Bréfritari: Sigríður Pálsdóttir
Viðtakandi: Páll Pálsson
Dagsetning: A-1870-05-22
Skrifað á: Breiðabólsstað  Rang.
Páll var bróðir Sigríðar

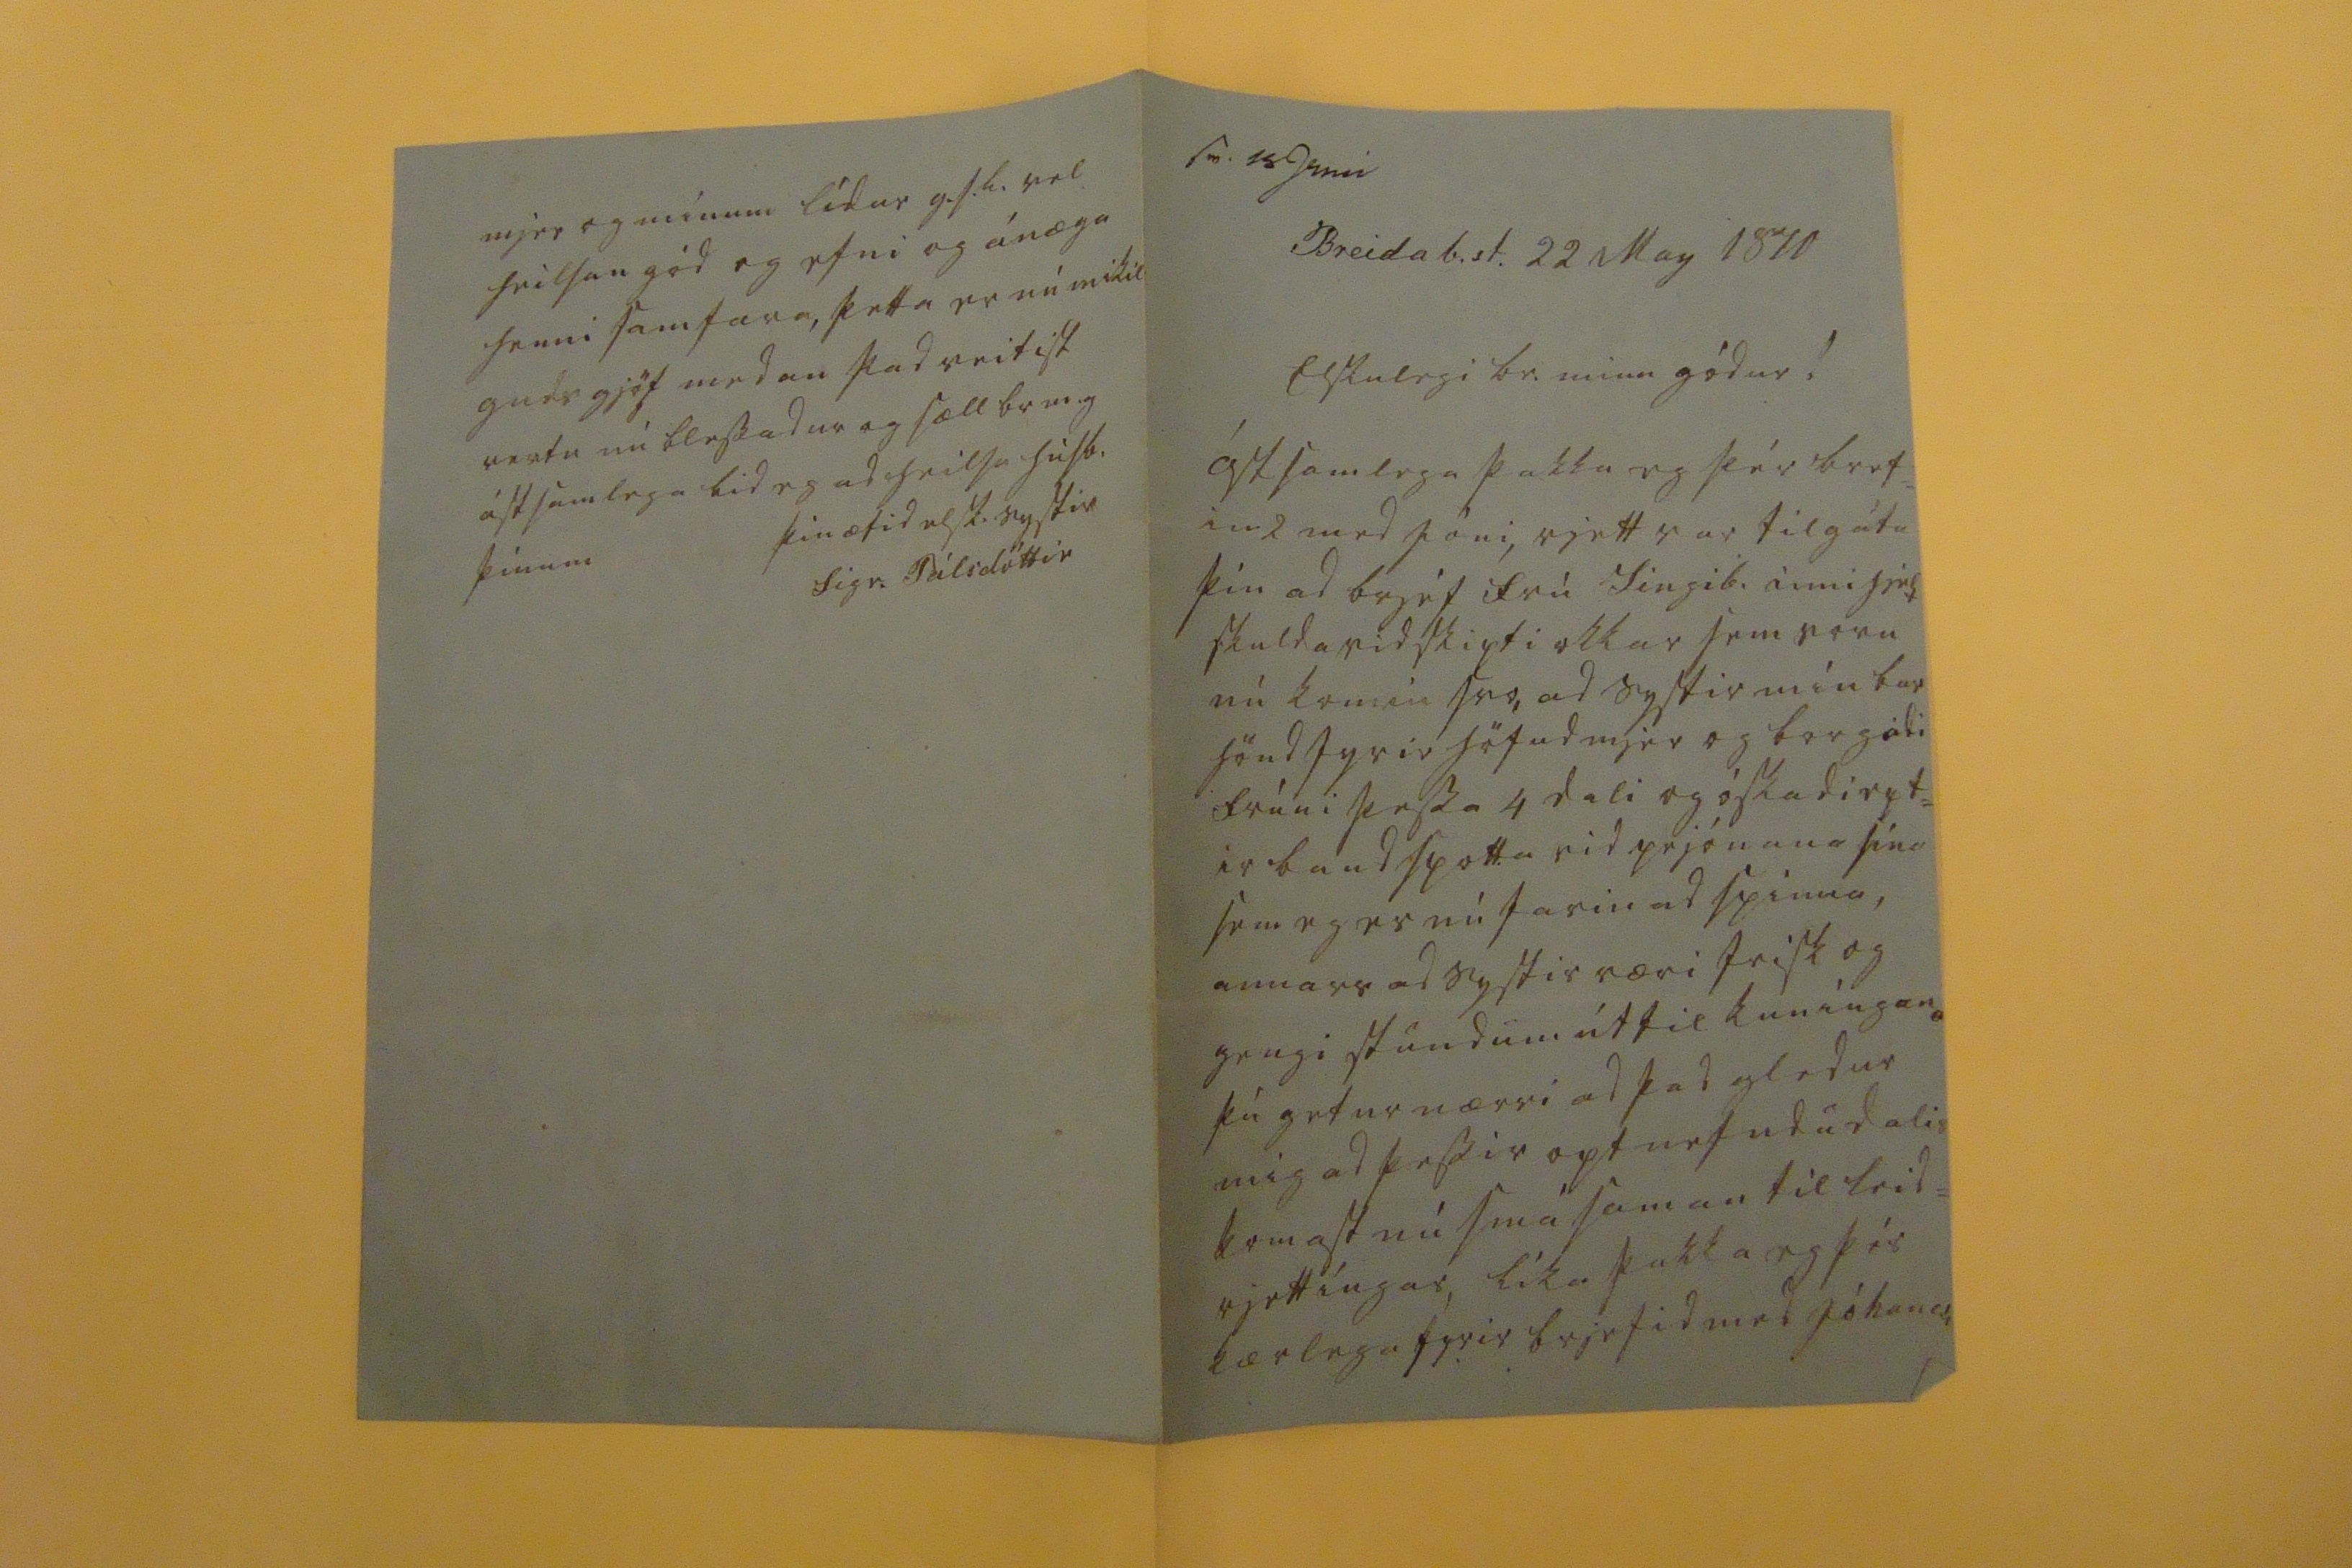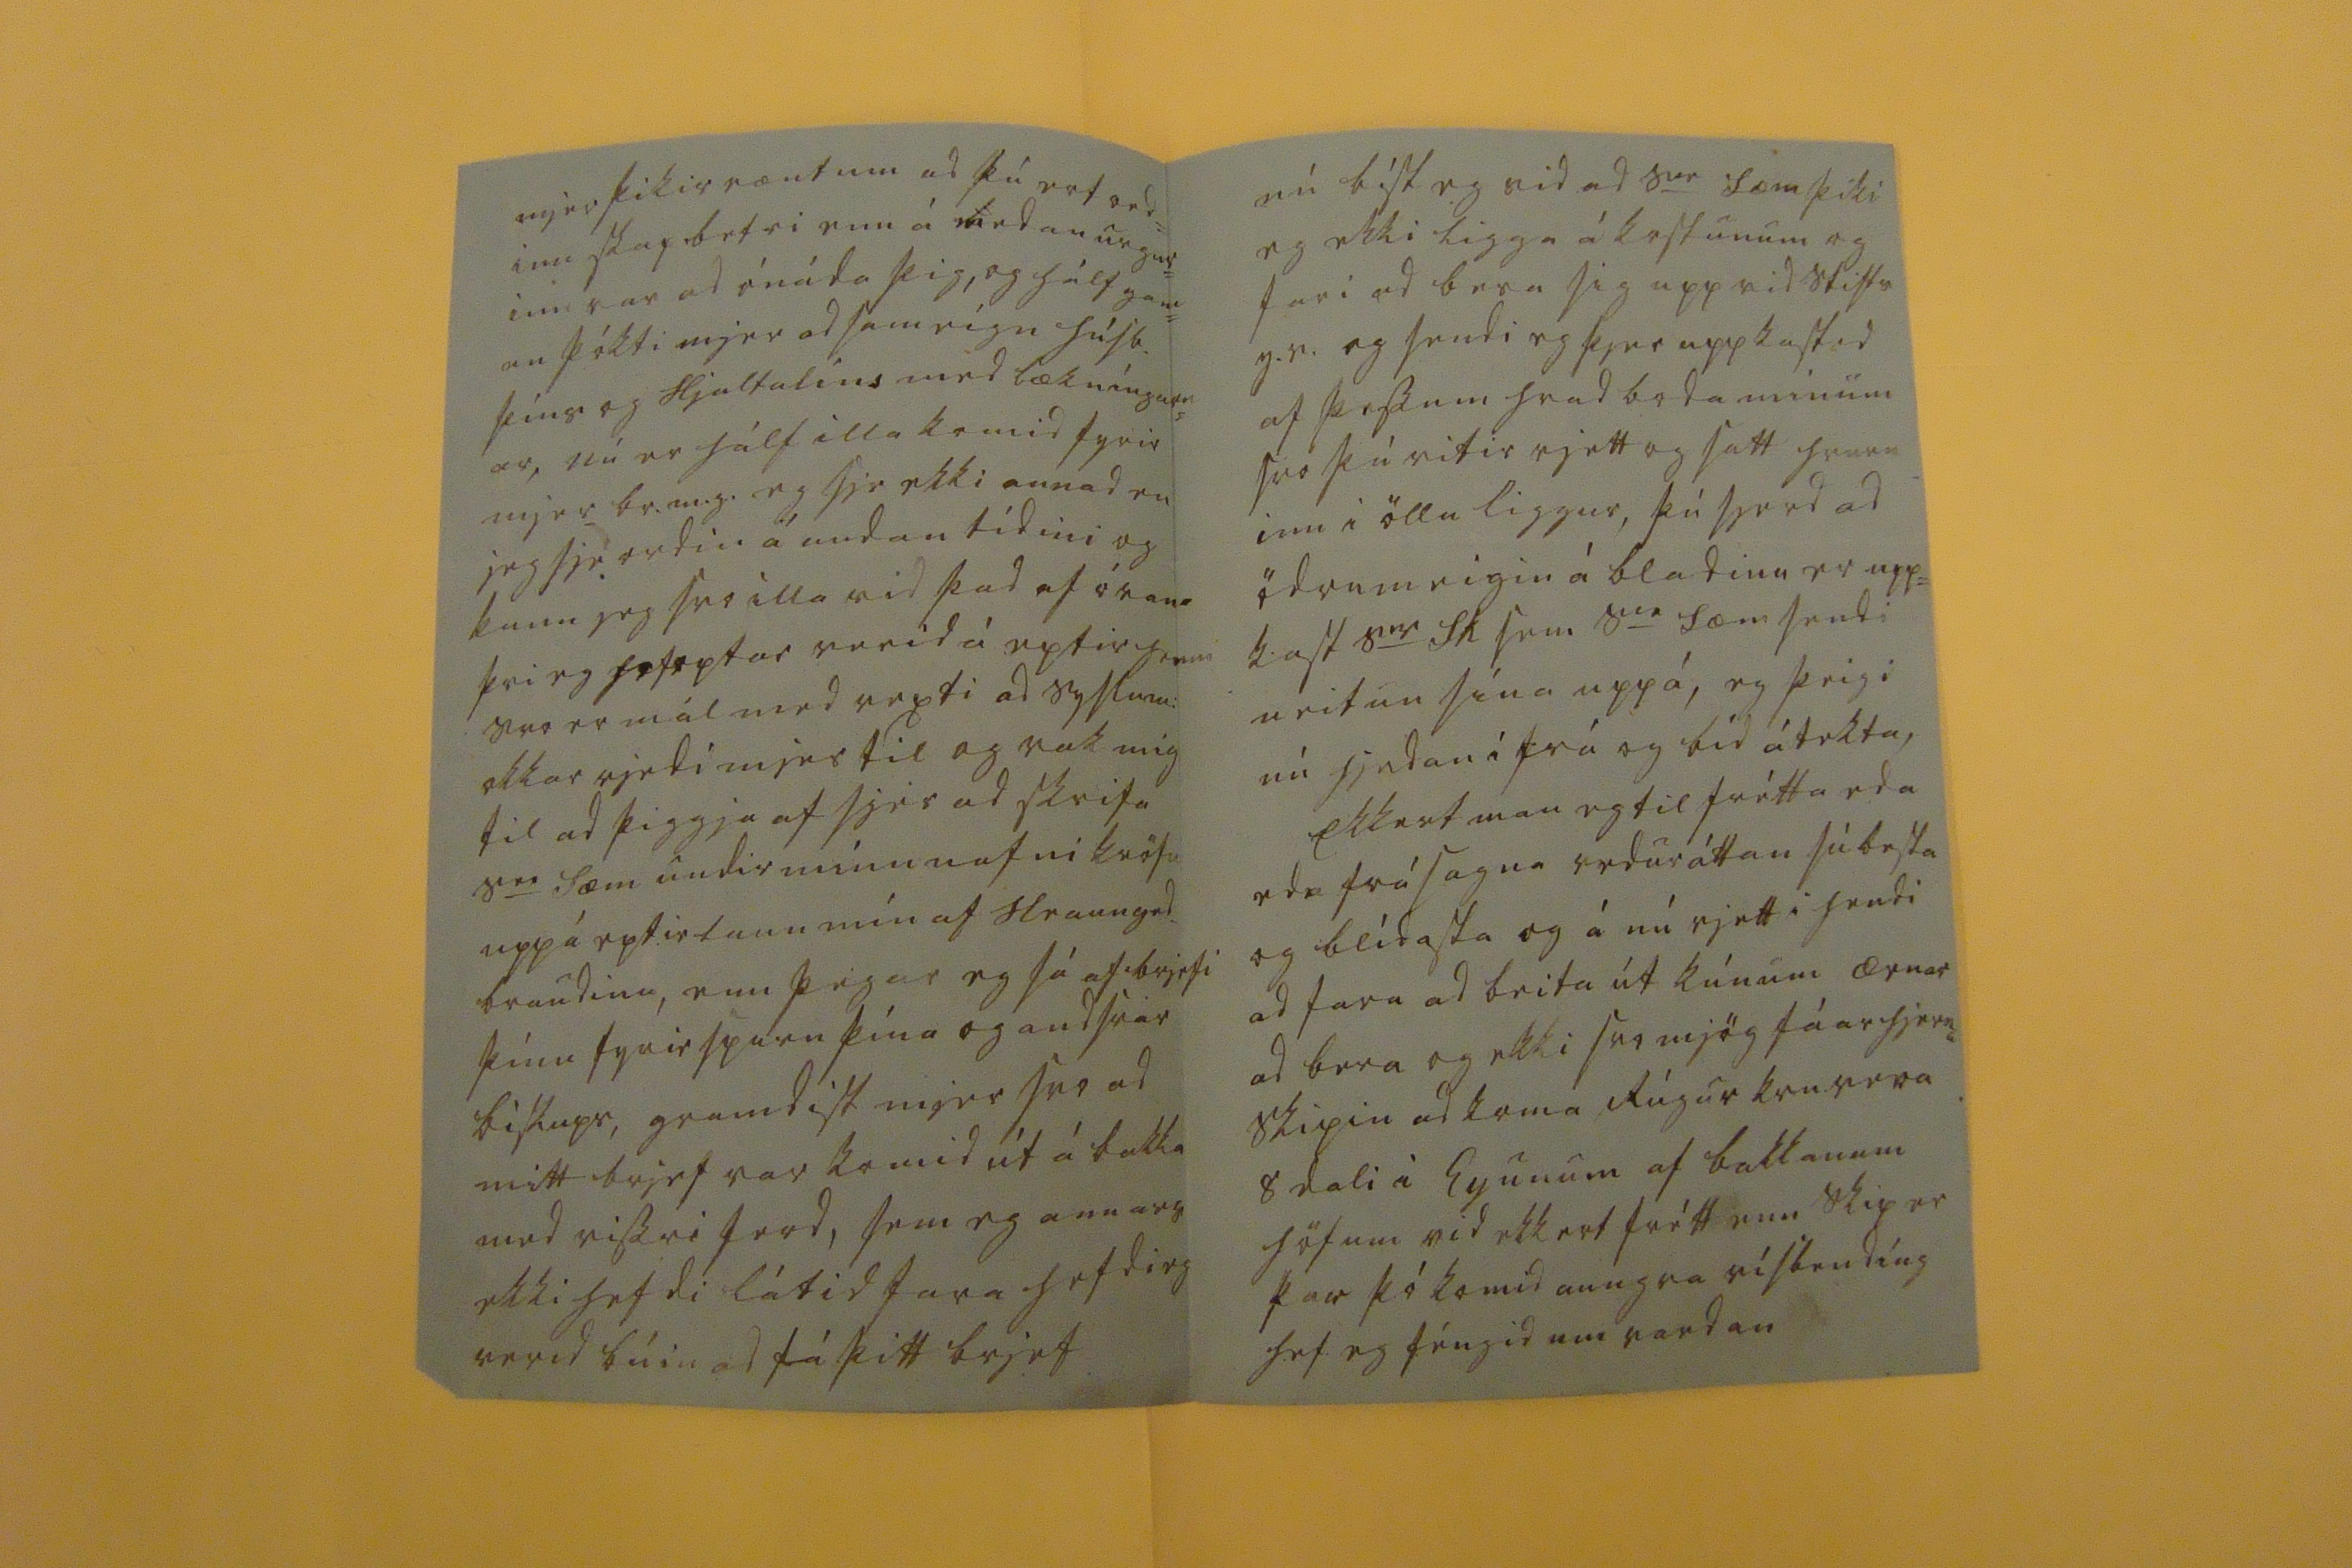

sv. 15 Juni
Breidab.st. 22 May 1870
Elskulegi br. minn gódur!
ástsamlega þakka eg þér bref= in 2 med Jóni, rjett var tilgáta þín ad brjef frú Ingib. innihjelt skuldavidskipti okkar sem voru nú komin svo, ad systir mín bar hönd fyrir höfud mjer og borgadi frúni þessa 4 dali og óskadi ept= ir bandspotta vid prjónana sína sem eg er nú farin ad spinna, annars ad systir væri frísk og gengi stundum út til kuníngana þú getur nærri ad þad gledur mig ad þessir opt nefndu dalir komast nú smá saman til leid= rjettíngar, líka þakka eg þér kærlega fyrir brjefid med Jóhanesi
mjer þikir vænt um ad þú ert ord= inn skapbetri enn á medan urgur= inn var ad ónáda þig, og hálf gam= an þókti mjer ad sameígn húsb. þíns og Hjaltalíns med lækníngarn= ar, nú er hálf illa komid fyrir mjer br.m.g. eg sje ekki annad en jeg sjé ordin á undan tídini og kann jeg svo illa vid þad af óvana þvi eg hef optar verid á eptir henni svo er mál med vexti ad syslum: okkar rjedi mjer til og rak mig til ad þiggja af sjer ad skrifa S
er
Sæm undir mínu nafni kröfu upp á eptirlaun mín af Hraungrd. braudinu, enn þegar eg sá af brjefi þínu fyrirspurn þína og andsvar biskups, gramsist mjer svo ad mitt brjef var komid út á bakka med vissri ferd, sem eg annars ekki hefdi látid fara hefdi eg verid búin ad fá þitt brjef
nú bíst eg vid ad S
er
Sæm þiki eg ekki ligga á kostunum og fari ad bera sig upp vid stifts y.v. og sendi eg þjer uppkastid af þessum hradboda minum svo þú vitir rjett og satt hvurn= inn i öllu liggur, þú sjerd ad ödrumeigin á bladinu er upp= kast S
er
Sk sem S
er
Sæm sendi neitun sína uppá, eg þeigi nú hjedan i frá og bíd átekta, Ekkert man eg til frétta eda eda frásagna veduráttan sú besta og blídasta og á nú rjett i hendi ad fara ad beita út kúnum ærnar ad bera og ekki svo mjög fáar hjerna skipin ad koma Rúgur kvu vera 8 dali i Eyunum af bakkanum höfum vid ekkert frétt enn skip er þar þó komid aungva vísbendíng hef eg féngid um vardan
mjer og mínum lídur g.s.l. vel heilsan gód og efni og ánæga henni samfara, þetta er nú mikil guds gjöf medan þad veitist vertu nú blessadur og sæll br m.g ástsamlega bid eg ad heilsa húsb. þínum
þin ætid elsk. systir
Sigr. Pálsdóttir